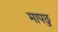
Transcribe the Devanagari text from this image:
मापछु